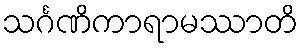
သင်္ဂဏိကာရာမဿာတိ